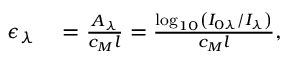
\begin{array} { r l } { \epsilon _ { \lambda } } & { { } = \frac { A _ { \lambda } } { c _ { M } l } = \frac { \log _ { 1 0 } \left( I _ { 0 \lambda } / I _ { \lambda } \right) } { c _ { M } l } , } \end{array}